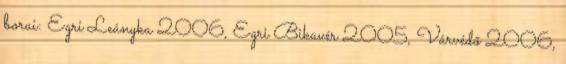
borai: Egri Leányka 2006, Egri Bikavér 2005, Várvédő 2006,